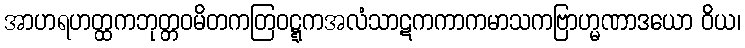
အာဟရဟတ္ထကဘုတ္တဝမိတကတြဝဋ္ဋကအလံသာဋကကာကမာသကဗြာဟ္မဏာဒယော ဝိယ၊